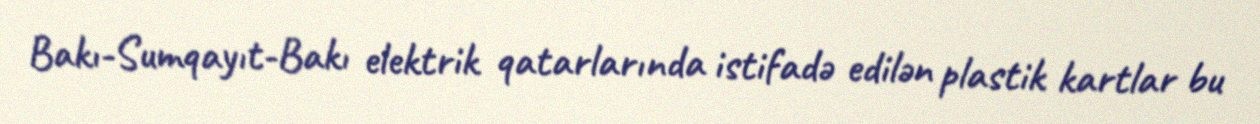
Bakı-Sumqayıt-Bakı elektrik qatarlarında istifadə edilən plastik kartlar bu